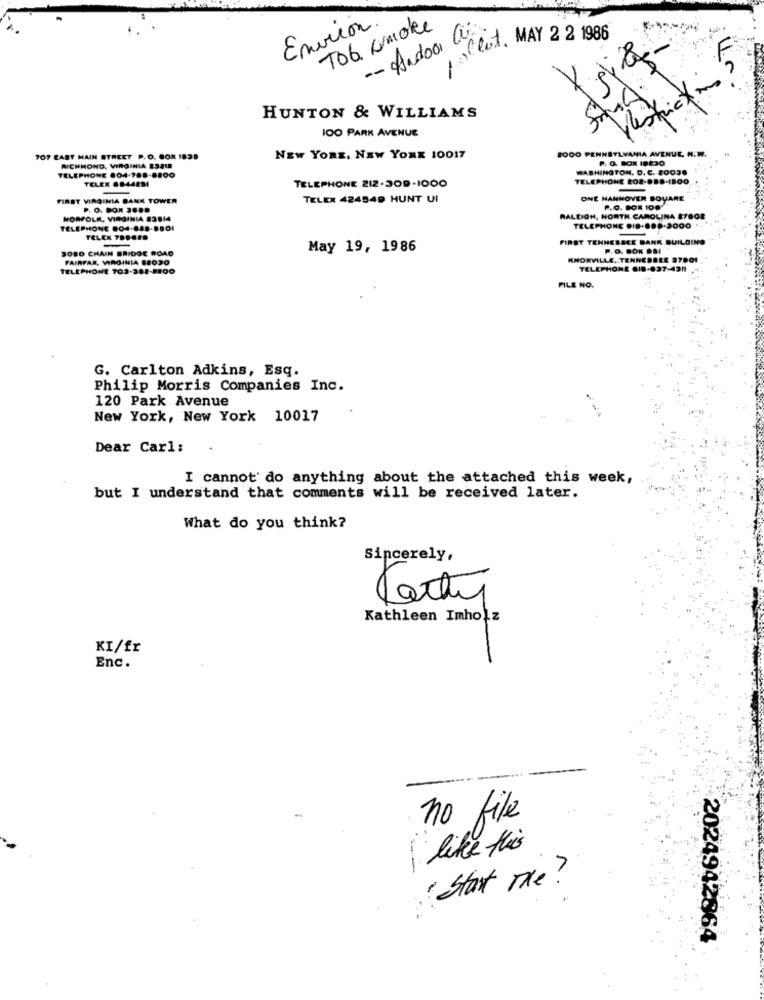
Environ
Tob. comoke
-- Andoa Cui.
allut, MAY 2 2 1986
1
HUNTON & WILLIAMS
1OO PARK AVENUE
2000 PENNSYLVANIA AVENUE, N.W.
707 EAST MAIN STREET P.O. BOX 1838
NEW YORK, NEW YORK 10017
RICHMOND, VIRGINIA E3218
TELEPHONE 804-708-8800
WASHINGTON. D. C. 10036
TELEX 6844291
TELEPHONE ROZ-888-1BOO
TELEPHONE 212.309-1000
FIRST VIRGINIA BANK TOWER
TELEX 424549 HUNT UI
ONE HANNOVER BOUARE
P. O. BOX 3 ...
P.O. BOX 109
NORFOLK, VIRGINIA 83814
RALEIGH, NORTH CAROLINA 87808
TELEPHONE 004.848.8BOI
TELEPHONE DID-889-2000
TELCX TOB450
FIRST TENNESSEE BANK BUILDING
SORD CHAIN BRIDGE ROAD
May 19, 1986
P. O. BOK DBI
FAIRFAX, VIRGINIA 82020
KNOXVILLE, TENNESSEE 37001
TELEPHONE 703-384-1800
TELEPHONE GID-837:4311
FILE NO.
G. Carlton Adkins, Esq.
Philip Morris Companies Inc.
120 Park Avenue
New York, New York 10017
Dear Carl:
I cannot' do anything about the attached this week,
but I understand that comments will be received later.
What do you think?
Sincerely.
Kathleen Imholz
KI/fr
Enc.
no file
like this
Start The ?
2024942864